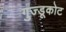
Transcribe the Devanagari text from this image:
गुज्डूकोट